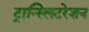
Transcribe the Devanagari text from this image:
ट्रान्स्लिटरेशन